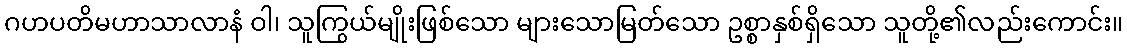
ဂဟပတိမဟာသာလာနံ ဝါ၊ သူကြွယ်မျိုးဖြစ်သော များသောမြတ်သော ဥစ္စာနှစ်ရှိသော သူတို့၏လည်းကောင်း။